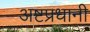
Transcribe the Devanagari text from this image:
अष्टप्रधानी